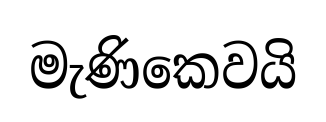
මැණිකෙවයි